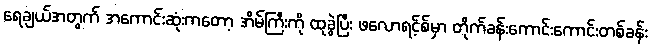
ရေချယ်အတွက် အကောင်းဆုံးကတော့ အိမ်ကြီးကို ထုခွဲပြီး ဖလောရင့်စ်မှာ တိုက်ခန်းကောင်းကောင်းတစ်ခန်း